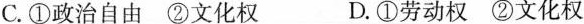
C.①政治自由②文化权 D.①劳动权②文化权